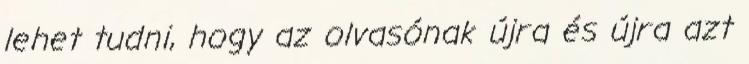
lehet tudni, hogy az olvasónak újra és újra azt